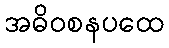
အဓိဝစနပထေ